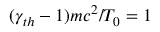
( \gamma _ { t h } - 1 ) m c ^ { 2 } / T _ { 0 } = 1